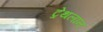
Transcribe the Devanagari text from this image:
ट्रेथलान